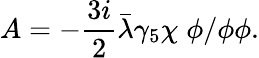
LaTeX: A=-\frac{3i}{2}{\bar{\lambda}}\gamma_{5}\chi\; \phi/\phi\phi.